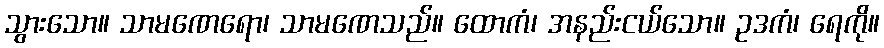
သွားသော။ သာမဏေရော၊ သာမဏေသည်။ ထောကံ၊ အနည်းငယ်သော။ ဥဒကံ၊ ရေကို။